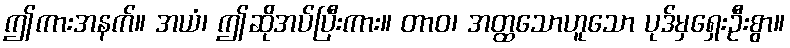
ဤကားအနက်။ အယံ၊ ဤဆိုအပ်ပြီးကား။ တာဝ၊ အတ္ထသောဟူသော ပုဒ်မှရှေးဦးစွာ။